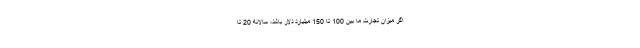
اگر میزان تجارت ما بین 100 تا 150 میلیارد دلار باشد، سالانه 20 تا